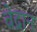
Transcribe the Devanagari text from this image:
वेद्रान